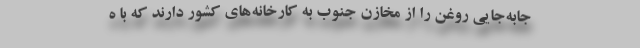
جابه‌جایی روغن را از مخازن جنوب به کارخانه‌های کشور دارند که با ه